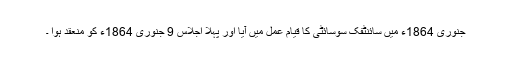
جنوری 1864ء میں سائنٹفک سوسائٹی کا قیام عمل میں آیا اور پہلا اجلاس 9 جنوری 1864ء کو منعقد ہوا ۔